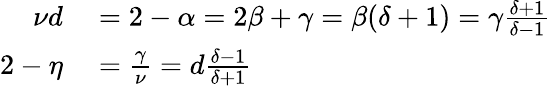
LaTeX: \begin{array}{rl}{\nu d}&{{}=2-\alpha=2\beta+\gamma=\beta(\delta+1)=\gamma{\frac{\delta+1}{\delta-1}}}\\ {2-\eta}&{{}={\frac{\gamma}{\nu}}=d{\frac{\delta-1}{\delta+1}}}\end{array}